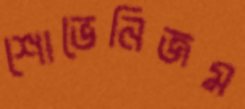
শোভেনিজম